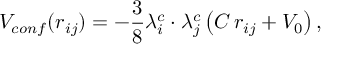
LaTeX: V _ { c o n f } ( r _ { i j } ) = - \frac { 3 } { 8 } \lambda _ { i } ^ { c } \cdot \lambda _ { j } ^ { c } \left( C \, r _ { i j } + V _ { 0 } \right) ,